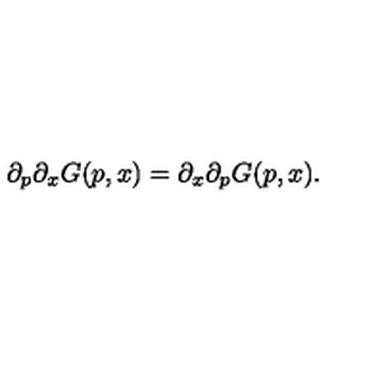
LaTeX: \partial _ { p } \partial _ { x } G ( p , x ) = \partial _ { x } \partial _ { p } G ( p , x ) .